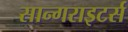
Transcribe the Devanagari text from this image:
सान्गराइटर्स